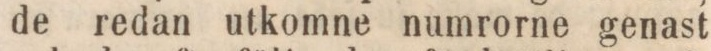
de redan utkomne numrorne genast